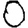
Digit: 0